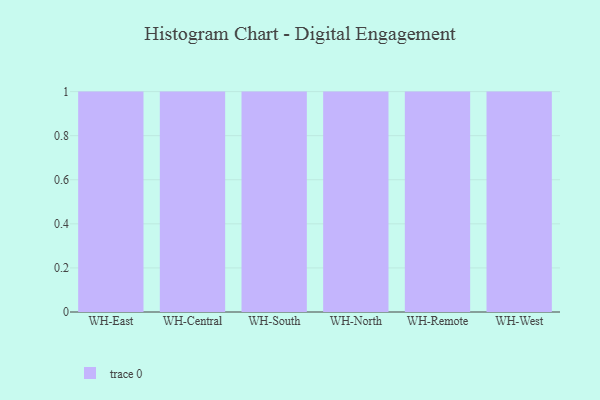
{"axis": {"x": "Warehouse", "y": "LTV (USD)"}, "legend": [""], "data": [{"x": "WH-East", "y": 86, "type": ""}, {"x": "WH-Central", "y": 57, "type": ""}, {"x": "WH-South", "y": 10, "type": ""}, {"x": "WH-North", "y": 59, "type": ""}, {"x": "WH-Remote", "y": 95, "type": ""}, {"x": "WH-West", "y": 12, "type": ""}]}